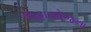
મહાયોજના